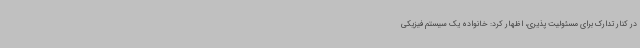
در کنار تدارک برای مسئولیت پذیری، اظهار کرد: خانواده یک سیستم فیزیکی